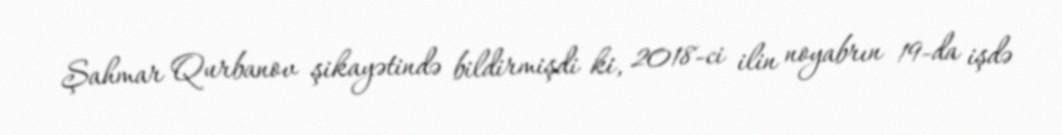
Şahmar Qurbanov şikayətində bildirmişdi ki, 2018-ci ilin noyabrın 19-da işdə